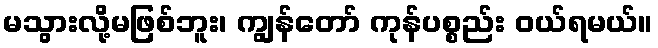
မသွားလို့မဖြစ်ဘူး၊ ကျွန်တော် ကုန်ပစ္စည်း ဝယ်ရမယ်။